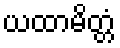
ယထာမိတ္တံ